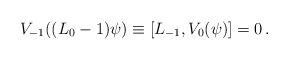
LaTeX: \begin{align*}V_{-1}((L_0-1)\psi)\equiv [L_{-1},V_0(\psi)]=0\,.\end{align*}